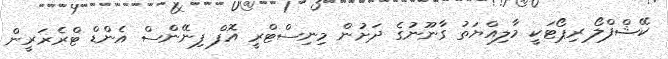
ކޭޝްފްލޯ ރިޕޯޓަކީ މާލިއްޔަތު ގާނޫނުގެ ދަށުން މިނިސްޓްރީ އޮފް ފިނޭންސް އެންޑް ޓްރެޜަރީން